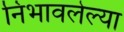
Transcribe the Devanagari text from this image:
निभावलेल्या